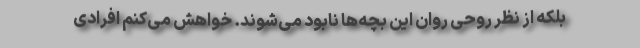
بلکه از نظر روحی روان این بچه‌ها نابود می‌شوند. خواهش می‌کنم افرادی